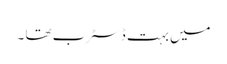
میں بہت ڈسٹرب تھا ۔